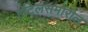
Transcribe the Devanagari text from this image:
हॉटेलसमोरील